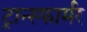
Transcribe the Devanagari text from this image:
ट्रान्स्फार्मर